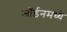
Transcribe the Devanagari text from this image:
जॉर्डनमध्ये